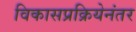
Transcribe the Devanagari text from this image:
विकासप्रक्रियेनंतर